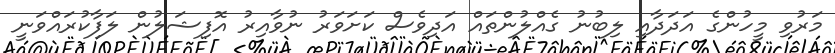
މަރުވި މީހުންގެ އަދަދާއި ލިބުނު ގެއްލުންތައް އަދިވެސް ކަށަވަރު ނުވާއިރު އޮފިޝަލުން ލަފާކުރައްވަނީ